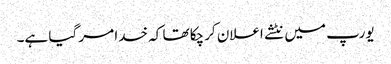
یورپ میں نٹشے اعلان کرچکا تھا کہ خدا مر گیا ہے۔